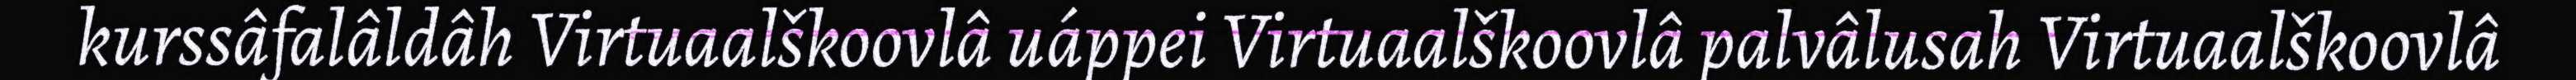
kurssâfalâldâh Virtuaalškoovlâ uáppei Virtuaalškoovlâ palvâlusah Virtuaalškoovlâ